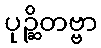
ပုဉ္ဆိတဗ္ဗာ